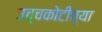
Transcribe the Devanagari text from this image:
उच्चकोटीच्या